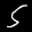
Label: 5